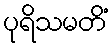
ပုရိသမတိံ